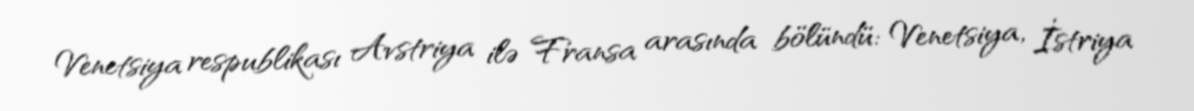
Venetsiya respublikası Avstriya ilə Fransa arasında bölündü: Venetsiya, İstriya